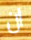
ان